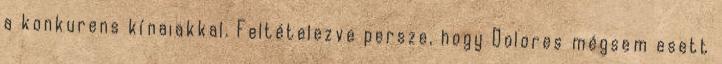
a konkurens kínaiakkal. Feltételezve persze, hogy Dolores mégsem esett